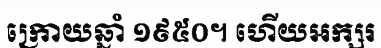
ក្រោយឆ្នាំ ១៩៥០។ ហើយអក្សរ